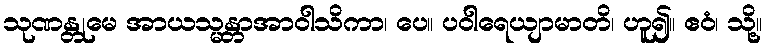
သုဏန္တုမေ အာယသ္မန္တာအာဝါသိကာ၊ ပေ။ ပဝါရေယျာမာတိ၊ ဟူ၍။ ဧဝံ၊ သို့။